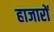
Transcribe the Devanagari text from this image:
हाजारों